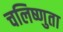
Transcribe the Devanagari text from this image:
चलिष्णुता